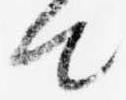
由